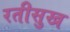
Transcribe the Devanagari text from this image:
रतीसुख